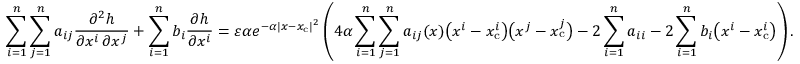
\sum _ { i = 1 } ^ { n } \sum _ { j = 1 } ^ { n } a _ { i j } { \frac { \partial ^ { 2 } h } { \partial x ^ { i } \, \partial x ^ { j } } } + \sum _ { i = 1 } ^ { n } b _ { i } { \frac { \partial h } { \partial x ^ { i } } } = \varepsilon \alpha e ^ { - \alpha | x - x _ { \mathrm { c } } | ^ { 2 } } \left( 4 \alpha \sum _ { i = 1 } ^ { n } \sum _ { j = 1 } ^ { n } a _ { i j } ( x ) { \big ( } x ^ { i } - x _ { \mathrm { c } } ^ { i } { \big ) } { \big ( } x ^ { j } - x _ { \mathrm { c } } ^ { j } { \big ) } - 2 \sum _ { i = 1 } ^ { n } a _ { i i } - 2 \sum _ { i = 1 } ^ { n } b _ { i } { \big ( } x ^ { i } - x _ { \mathrm { c } } ^ { i } { \big ) } \right) .